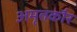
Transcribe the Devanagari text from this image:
अमृतकौर